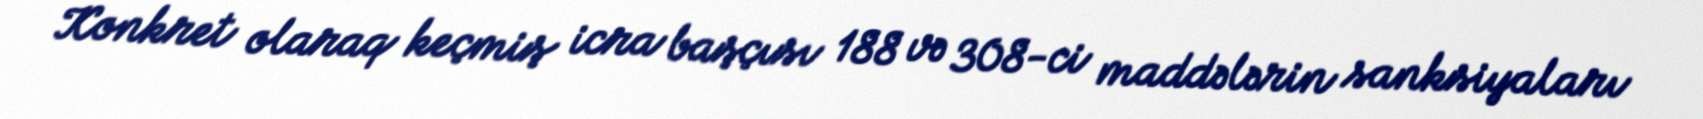
Konkret olaraq keçmiş icra başçısı 188 və 308-ci maddələrin sanksiyaları